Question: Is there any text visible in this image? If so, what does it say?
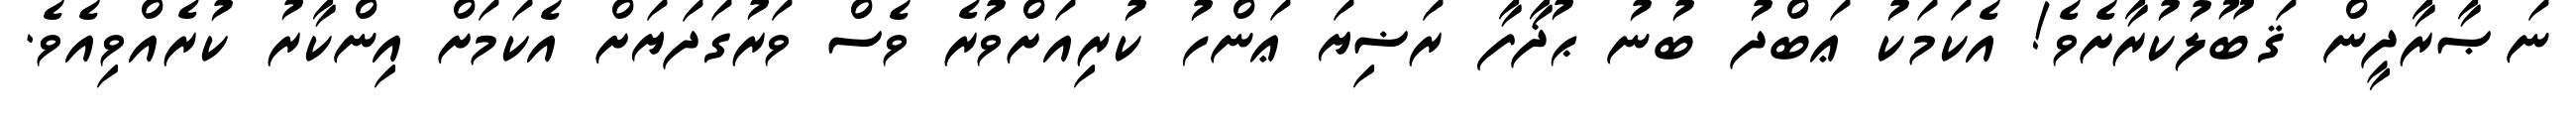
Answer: ނަޞާރާދީން ޤަބޫލުކުރާށެވެ! އެކަމަކު ޢަބްދު ބުނު ޙުޛާފާ ރަޟިޔަ ޢަންހު ކުރިއަށްވުރެ ވެސް ވަރުގަދަޔަށް އެކަމަށް އިންކާރު ކުރެއްވިއެވެ.